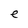
Character: e